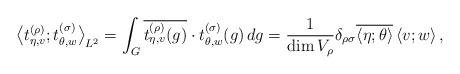
LaTeX: \begin{align*}{\bigl<t_{\eta,v}^{(\rho)};t_{\theta,w}^{(\sigma)}\bigr>}_{L^2} = \int_G\overline{t_{\eta,v}^{(\rho)}(g)}\cdot t_{\theta,w}^{(\sigma)}(g)\,dg = \frac{1}{\dim V_{\rho}}\delta_{\rho\sigma} \overline{\left<\eta;\theta\right>}\left<v;w\right>,\end{align*}